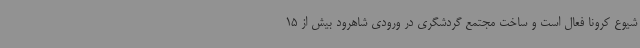
شیوع کرونا فعال است و ساخت مجتمع گردشگری در ورودی شاهرود بیش از 15